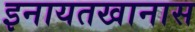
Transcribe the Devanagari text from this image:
इनायतखानास